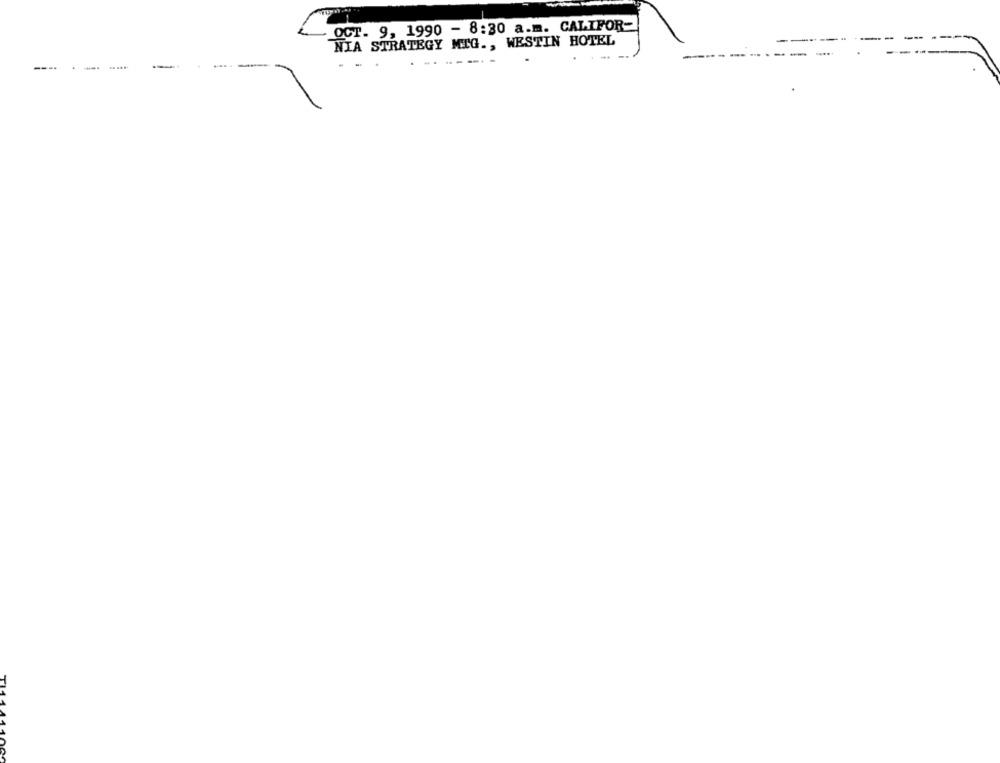
OCT. 9, 1990 - 8:30 a.m. CALIFOR-
NIA STRATEGY MIG ., WESTIN HOTEL
.
---
---
---